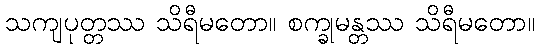
သကျပုတ္တဿ သိရီမတော။ စက္ခုမန္တဿ သိရီမတော။